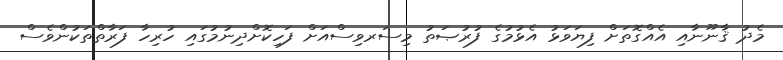
މެދު ޤާނޫނާއި އެއްގޮތަށް ފިޔަވަޅު އެޅުމުގެ ފުރުޞަތު މިސަރވިސްއަށް ފަހިކޮށްދިނުމުގައި ހުރިހާ ފަރާތްތަކުންވެސް